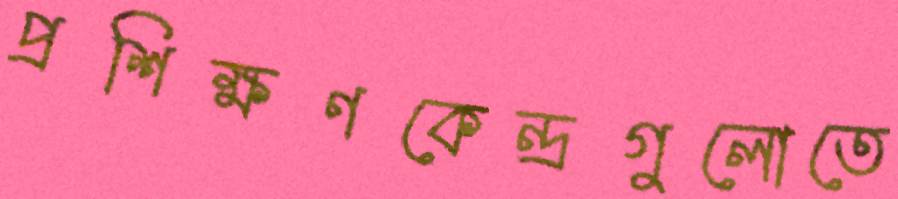
প্রশিক্ষণকেন্দ্রগুলোতে